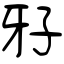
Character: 𤘅